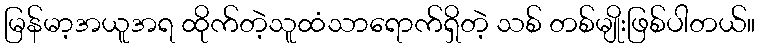
မြန်မာ့အယူအရ ထိုက်တဲ့သူထံသာရောက်ရှိတဲ့ သစ် တစ်မျိုးဖြစ်ပါတယ်။